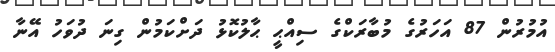
އުމުރުން 87 އަހަރުގެ މުބާރަކްގެ ސިއްޙީ ޙާލުކޮޅު ދަށްކަމުން ގިނަ ދުވަހު އޭނާ